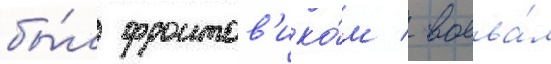
бы́л фронтов'ико́м / воева́л